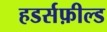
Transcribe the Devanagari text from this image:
हडर्सफ़ील्ड